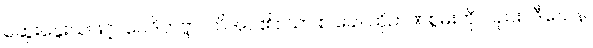
ဆွေးနွေးသဖြင့်။ ဝေဒိတဗ္ဗာ၊ သိအပ်၏။ သာ စ ခေါ၊ ထိုဉာဏ်စွမ်းကိုလည်း။ ဒီဃေန၊